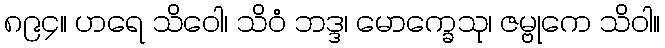
၈၉၄။ ဟရေ သိဝေါ၊ သိဝံ ဘဒ္ဒ၊ မောက္ခေသု၊ ဇမ္ဗုကေ သိဝါ။